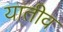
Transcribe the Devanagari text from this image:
यातीव